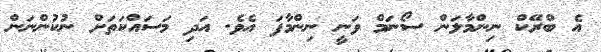
އެ ބްރޭކް ނިންމާލަން ސޯނަމް ވަނީ ނިންމާފަ އެވެ. އަދި މަސައްކަތަށް ނުކުންނަން